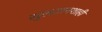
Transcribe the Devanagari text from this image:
सुलतानशाही